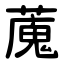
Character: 䕇